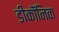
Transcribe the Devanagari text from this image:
डीकॉंनिक